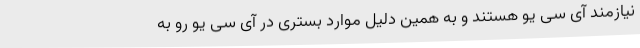
نیازمند آی سی یو هستند و به همین دلیل موارد بستری در آی سی یو رو به